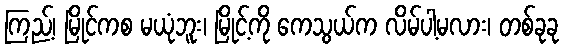
ကြည့်၊ မြိုင်ကစ မယုံဘူး၊ မြိုင့်ကို ကေသွယ်က လိမ်ပါ့မလား၊ တစ်ခုခု